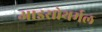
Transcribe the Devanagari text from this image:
आइसोथर्मल